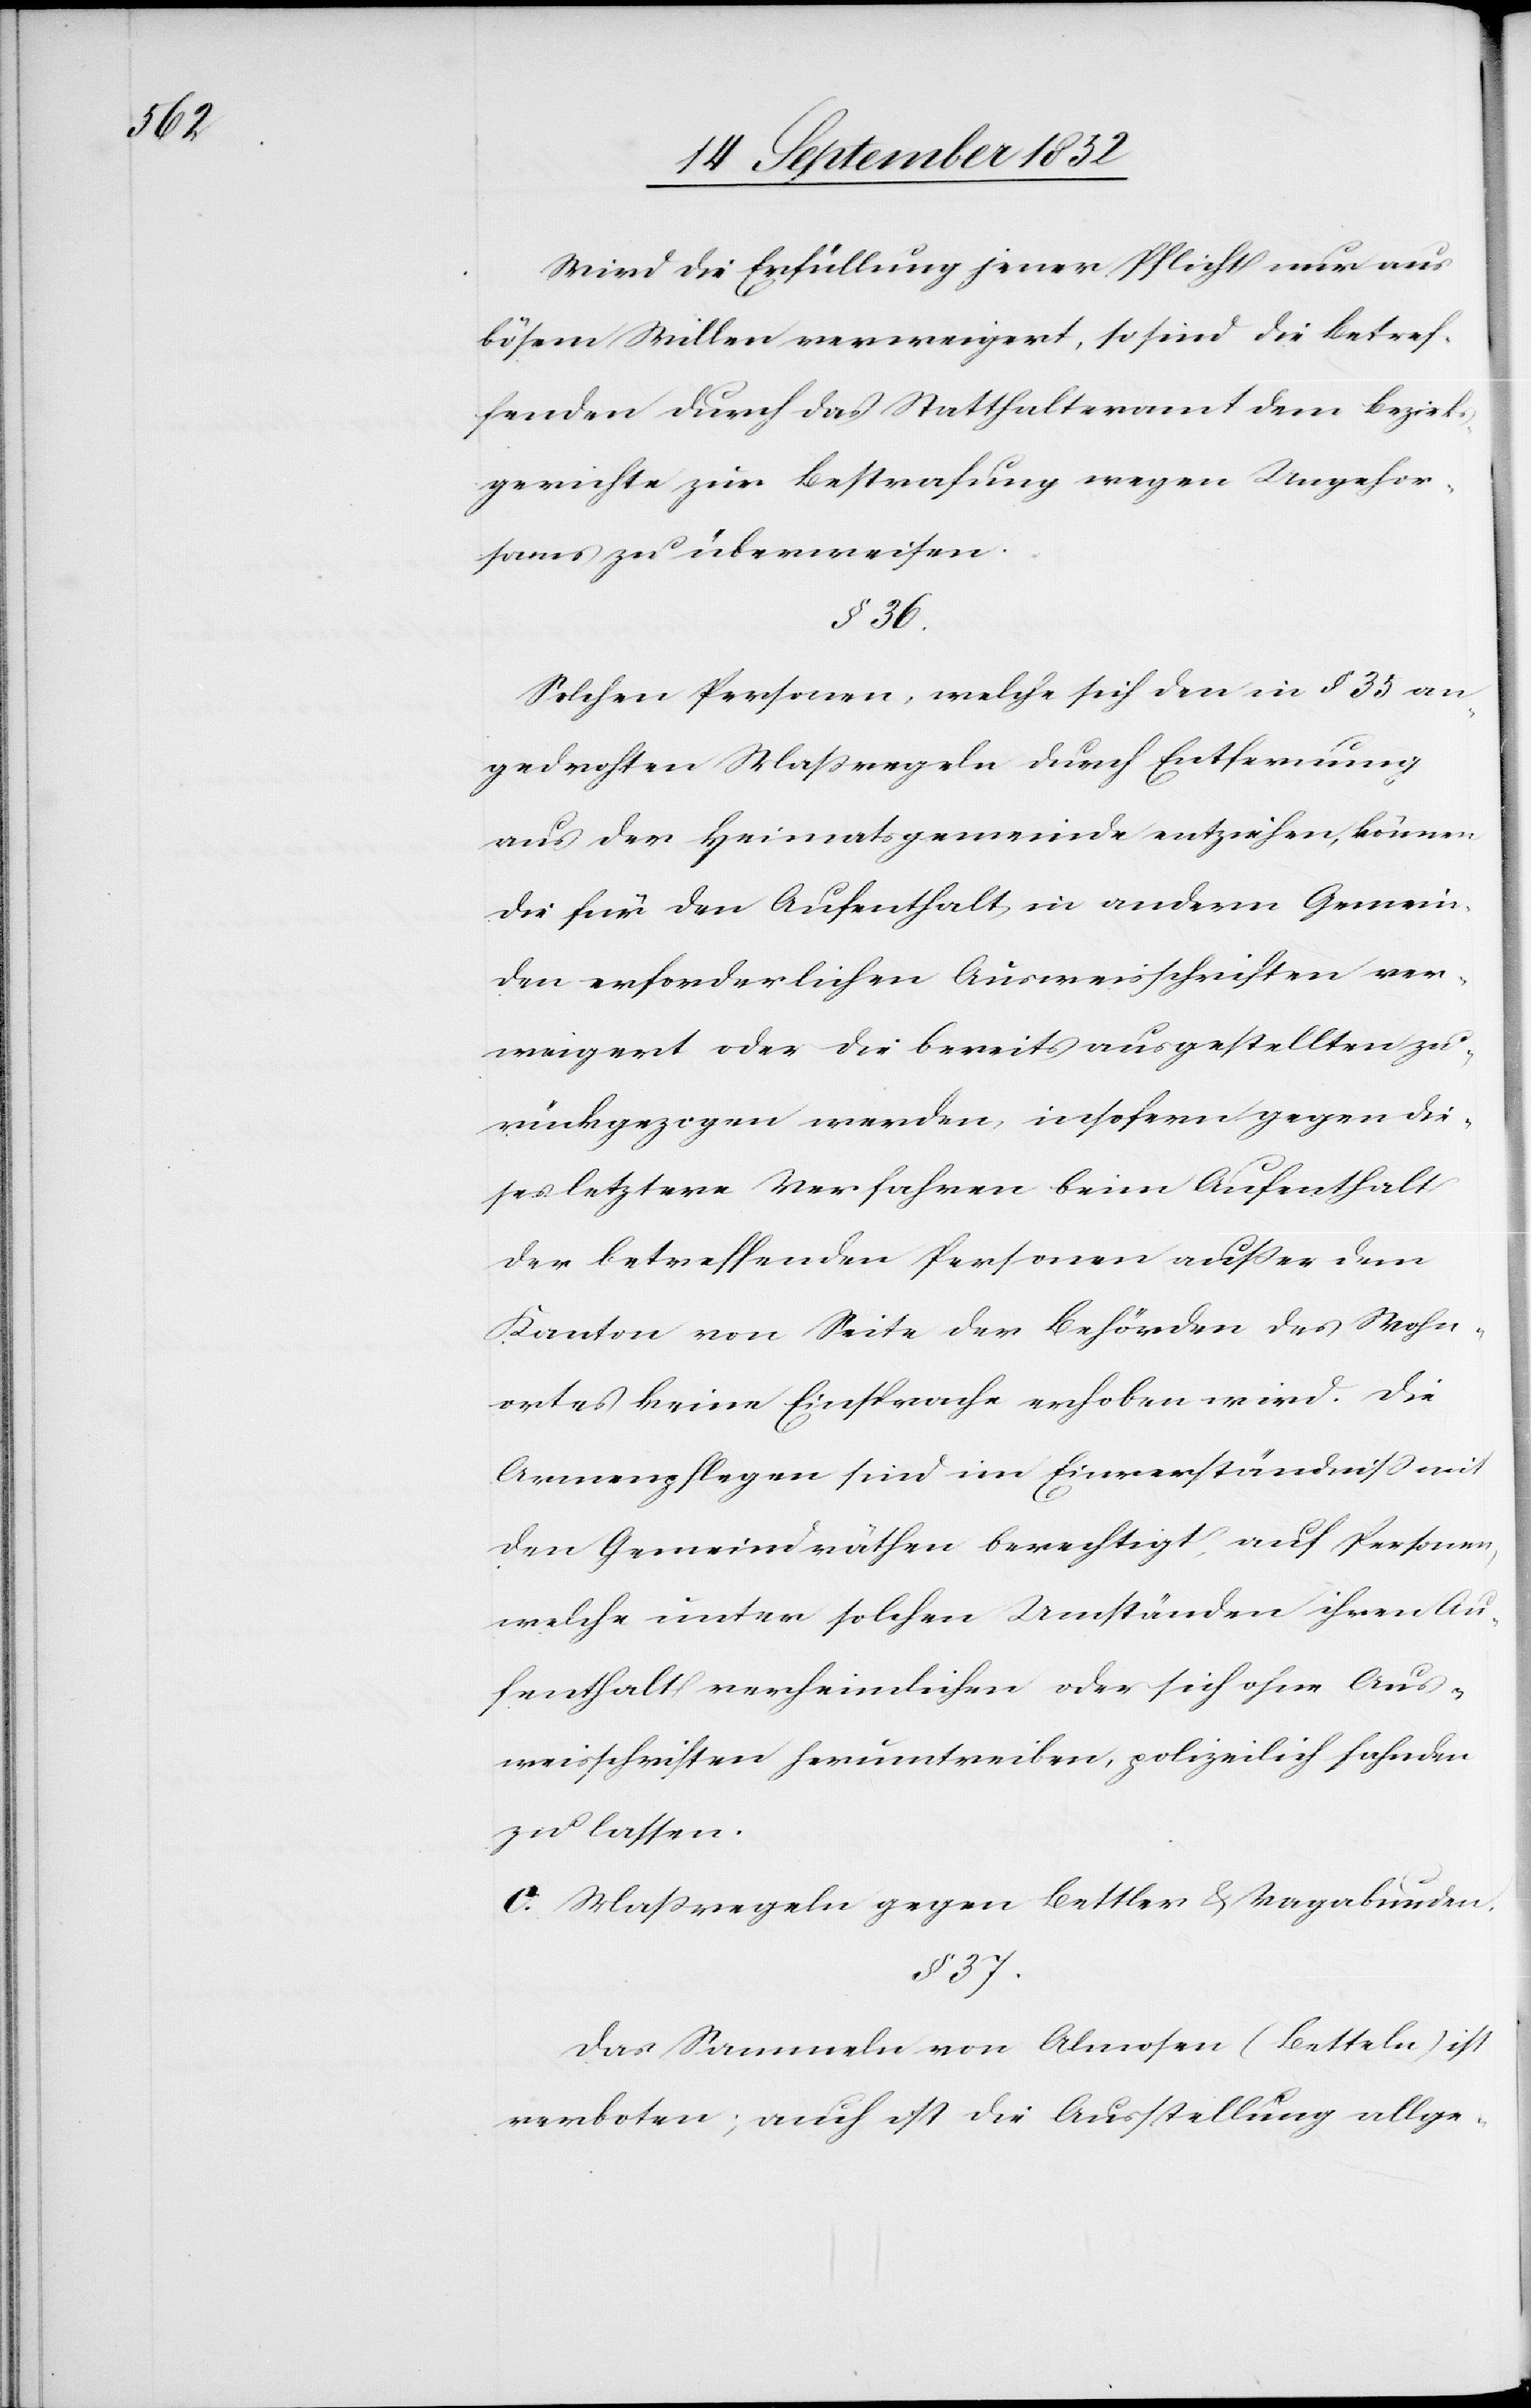
Wird die Erfüllung jener Pflicht nur aus
bösem Willen verweigert, so sind die Betref¬
fenden durch das Statthalteramt dem Bezirks¬
gerichte zur Bestrafung wegen Ungehor¬
sams zu überweisen.
§ 36.
Solchen Personen, welche sich den in § 35 an¬
gedrohten Maßregeln durch Entfernung
aus der Heimatsgemeinde entziehen, können
die für den Aufenthalt in andern Gemein¬
den erforderlichen Ausweisschriften ver¬
weigert oder die bereits ausgestellten zu¬
rückgezogen werden, insofern gegen die¬
ses letztere Verfahren beim Aufenthalt
der betreffenden Personen außer dem
Kanton von Seite der Behörden des Wohn¬
ortes keine Einsprache erhoben wird. Die
Armenpflegen sind im Einverständniss mit
den Gemeindräthen berechtigt, auf Personen,
welche unter solchen Umständen ihren Au¬
fenthalt verheimlichen oder sich ohne Aus¬
weisschriften herumtreiben, polizeilich fahnden
zu lassen.
c. Maßregeln gegen Bettler & Vagabunden.
§ 37.
Das Sammeln von Almosen (Betteln) ist
verboten; auch ist die Ausstellung allge-